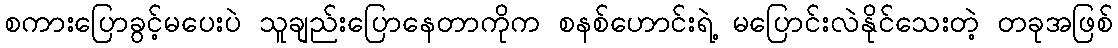
စကားပြောခွင့်မပေးပဲ သူချည်းပြောနေတာကိုက စနစ်ဟောင်းရဲ့ မပြောင်းလဲနိုင်သေးတဲ့ တခုအဖြစ်